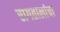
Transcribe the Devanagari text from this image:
रागतालांचा